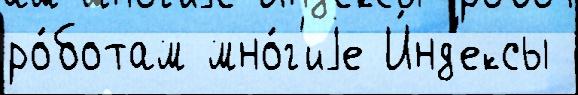
ро́ботам мно́г'иjе И́нд'ексы